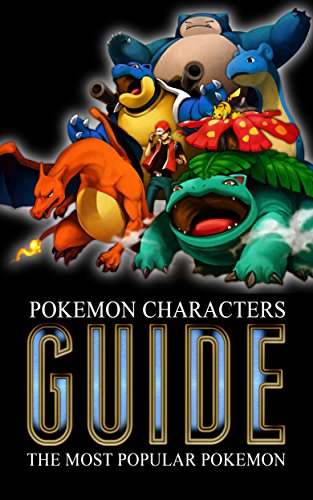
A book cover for Pokemon Characters Guide: The Most Popular Pokemon; Cumberland Publishing; Computers & Technology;